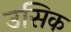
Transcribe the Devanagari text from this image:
उसिक